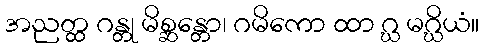
အညတ္ထ ဂန္တု မိစ္ဆန္တော၊ ဂမိကော ထာ ဂ္ဃ မဂ္ဃိယံ။